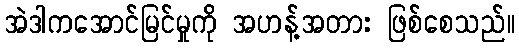
အဲဒါကအောင်မြင်မှုကို အဟန့်အတား ဖြစ်စေသည်။